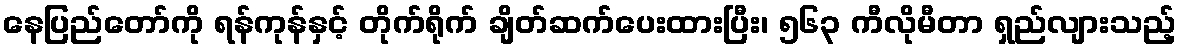
နေပြည်တော်ကို ရန်ကုန်နှင့် တိုက်ရိုက် ချိတ်ဆက်ပေးထားပြီး၊ ၅၆၃ ကီလိုမီတာ ရှည်လျားသည့်